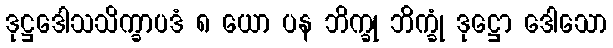
ဒုဋ္ဌဒေါသသိက္ခာပဒံ ၈ ယော ပန ဘိက္ခု ဘိက္ခုံ ဒုဋ္ဌော ဒေါသော